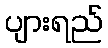
ပျားရည်